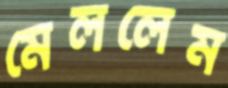
মেললেম